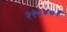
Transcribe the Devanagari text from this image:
११८४०१